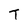
Character: T